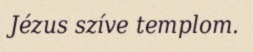
Jézus szíve templom.